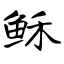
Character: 稣